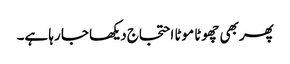
پھر بھی چھوٹا موٹا احتجاج دیکھا جا رہا ہے۔